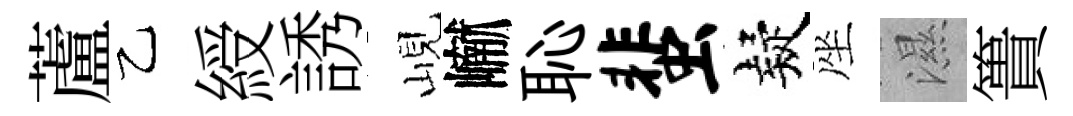
蘆乙綬誘峴𪩘恥蜚疑座濕簣